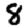
Digit: 8